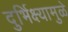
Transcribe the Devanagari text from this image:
दुर्भिक्ष्यामुळे